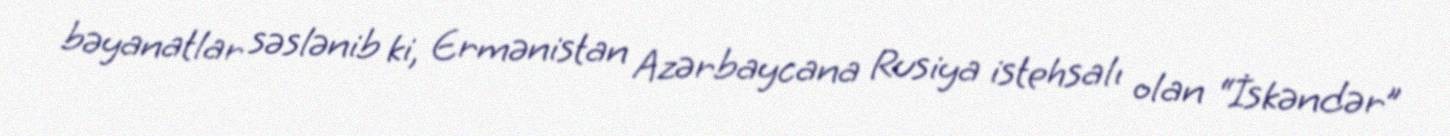
bəyanatlar səslənib ki, Ermənistan Azərbaycana Rusiya istehsalı olan “İskəndər”